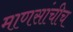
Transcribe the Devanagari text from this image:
माणसांचीच